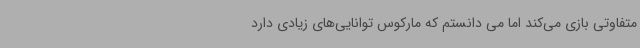
متفاوتی بازی می‌کند اما می دانستم که مارکوس توانایی‌های زیادی دارد